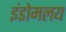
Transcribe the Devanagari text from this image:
इंडोमलय